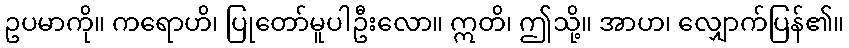
ဥပမာကို။ ကရောဟိ၊ ပြုတော်မူပါဦးလော။ ဣတိ၊ ဤသို့။ အာဟ၊ လျှောက်ပြန်၏။